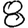
Digit: 8